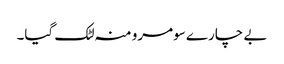
بے چارے سومرو منہ لٹک گیا۔